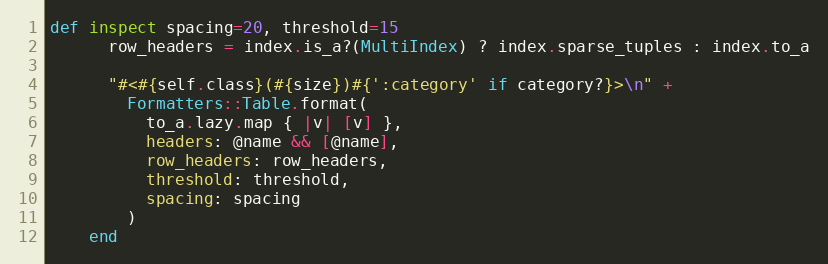
Language: Ruby
def inspect spacing=20, threshold=15
      row_headers = index.is_a?(MultiIndex) ? index.sparse_tuples : index.to_a

      "#<#{self.class}(#{size})#{':category' if category?}>\n" +
        Formatters::Table.format(
          to_a.lazy.map { |v| [v] },
          headers: @name && [@name],
          row_headers: row_headers,
          threshold: threshold,
          spacing: spacing
        )
    end